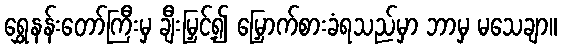
ရွှေနန်းတော်ကြီးမှ ချီးမြှင့်၍ မြှောက်စားခံရသည်မှာ ဘာမှ မသေချာ။